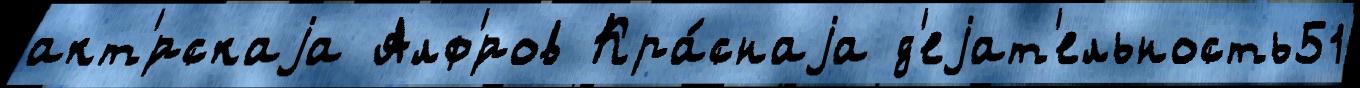
акт'́рскаjа Алф'́ров Кра́снаjа д'еjат'ельность51